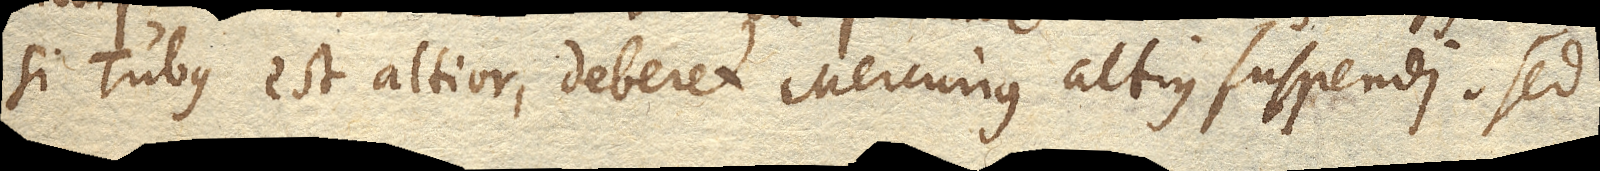
si Tubus est altior, deberet Mercurius altius suspendi. Sed